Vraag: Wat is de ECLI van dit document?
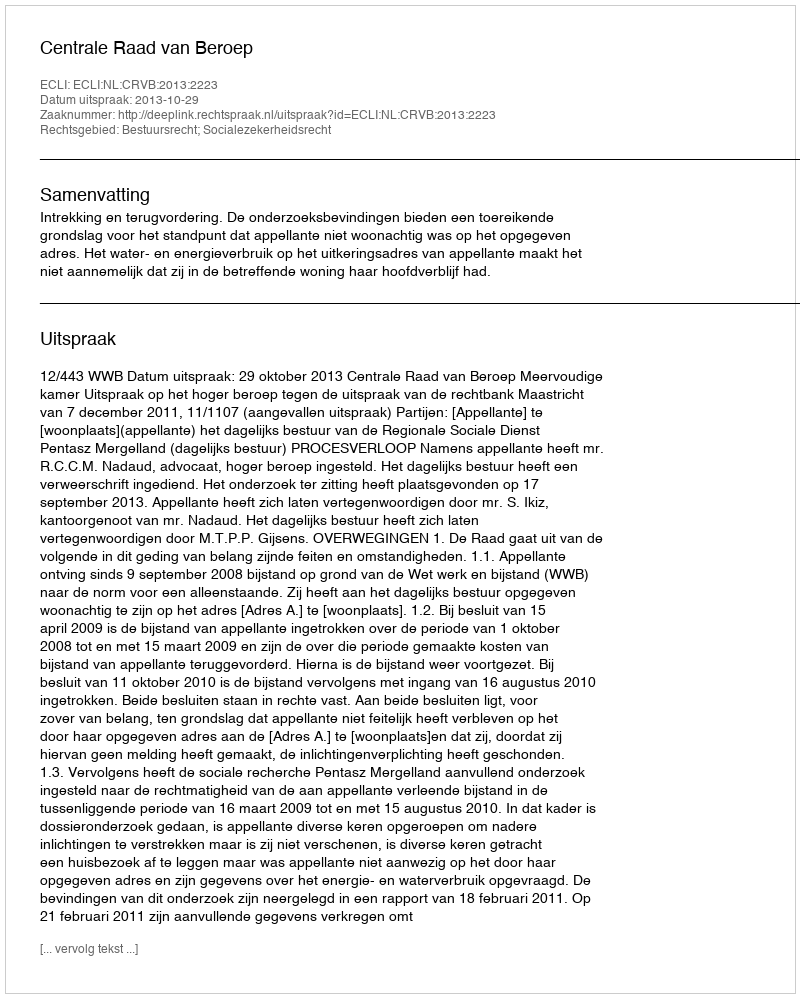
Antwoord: ECLI:NL:CRVB:2013:2223